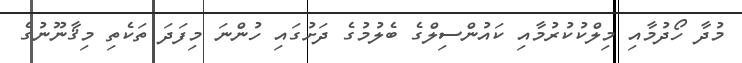
މުދާ ހޯދުމާއި މިލްކުކުރުމާއި ކައުންސިލްގެ ބެލުމުގެ ދަށުގައި ހުންނަ މިފަދަ ތަކެތި މިޤާނޫނުގެ